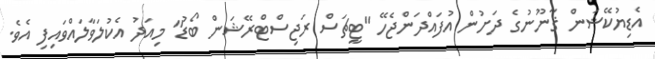
އެޑިޔުކޭޝަން ޤާނޫނުގެ ދަށުން އުފައްދަންޖެހޭ "ޓީޗަސް ރަޖިސްޓްރޭޝަން ބޯޑު" މިއަދު އެކުލަވާލައްވައިފި އެވެ.